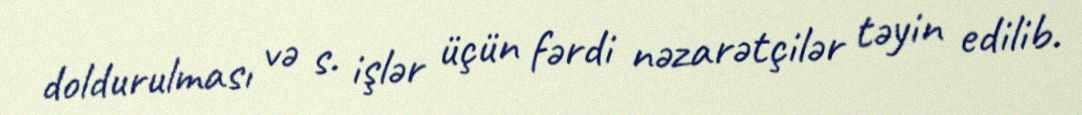
doldurulması və s. işlər üçün fərdi nəzarətçilər təyin edilib.